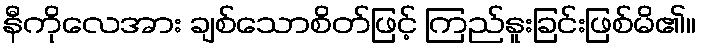
နီကိုလေအား ချစ်သောစိတ်ဖြင့် ကြည်နူးခြင်းဖြစ်မိ၏။